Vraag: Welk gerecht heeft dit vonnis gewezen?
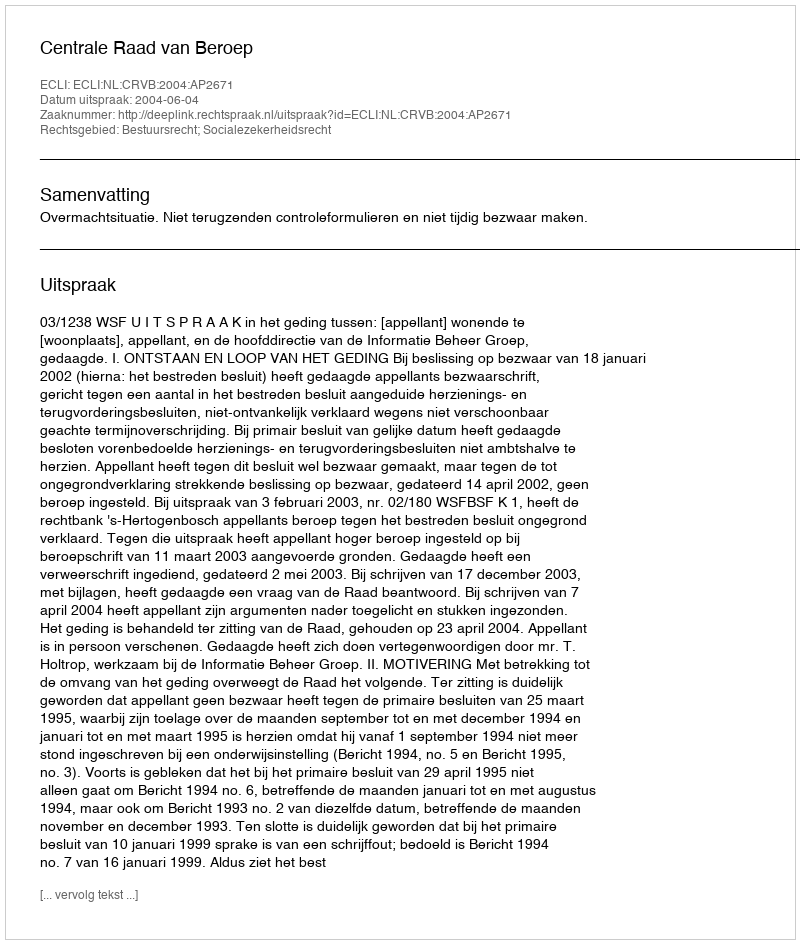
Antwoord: Centrale Raad van Beroep